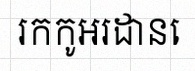
រកកូអរដោនេ